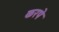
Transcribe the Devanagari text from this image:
करपे